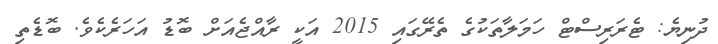
ދުނިޔެ: ޓެރަރިސްޓް ހަމަލާތަކުގެ ތެރޭގައި 2015 އަކީ ރާއްޖެއަށް ބޮޑު އަހަރެކެވެ. ބޮޑެތި